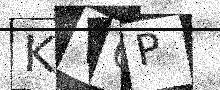
Text: KV6P